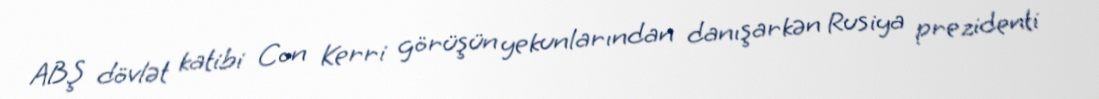
ABŞ dövlət katibi Con Kerri görüşün yekunlarından danışarkən Rusiya prezidenti